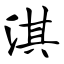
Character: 淇